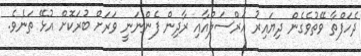
ދެހަފްތާ ވޭތުވެގެން ދިޔައިރު އަރްސަލްއާއި ރާދިން ފެންނަނީ ވަރަށް ބުރަކޮށް އުޅޭ ތަނެވެ.